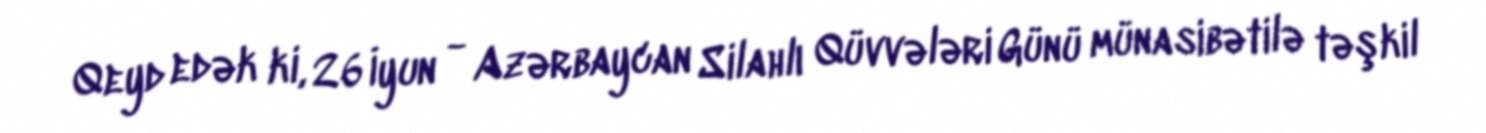
Qeyd edək ki, 26 İyun - Azərbaycan Silahlı Qüvvələri Günü münasibətilə təşkil